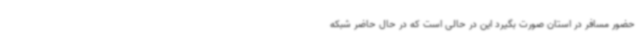
حضور مسافر در استان صورت بگیرد این در حالی است که در حال حاضر شبکه